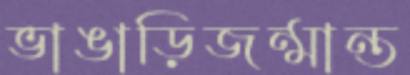
ভাঙাড়িজন্মান্ত